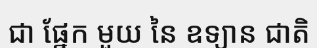
ជា ផ្នែក មួយ នៃ ឧទ្យាន ជាតិ